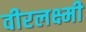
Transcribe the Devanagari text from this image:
वीरलक्ष्मी